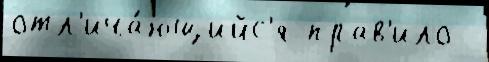
отл'ича́ющийс'я прав'ило